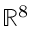
\mathbb { R } ^ { 8 }